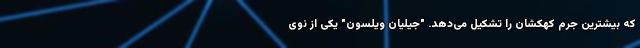
که بیشترین جرم کهکشان را تشکیل می‌دهد. "جیلیان ویلسون" یکی از نوی